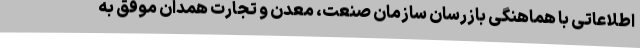
اطلاعاتی با هماهنگی بازرسان سازمان صنعت، معدن و تجارت همدان موفق به